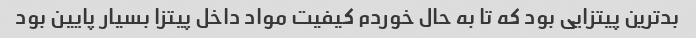
بدترین پیتزایی بود که تا به حال خوردم کیفیت مواد داخل پیتزا بسیار پایین بود